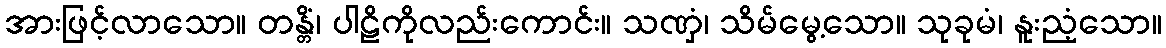
အားဖြင့်လာသော။ တန္တိံ၊ ပါဠိကိုလည်းကောင်း။ သဏှံ၊ သိမ်မွေ့သော။ သုခုမံ၊ နူးညံ့သော။